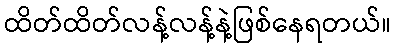
ထိတ်ထိတ်လန့်လန့်နဲ့ဖြစ်နေရတယ်။